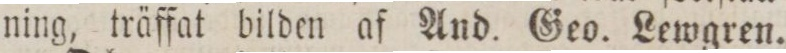
ning, träffat bilden af And. Geo. Lewgren.